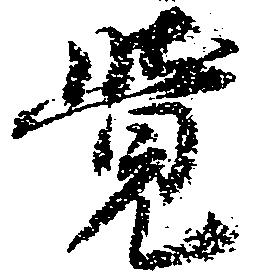
覚